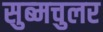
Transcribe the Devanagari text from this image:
सुब्मचुलर